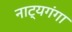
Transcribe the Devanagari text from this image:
नाट्यगंगा